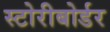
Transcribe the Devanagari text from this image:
स्टोरीबोर्डर